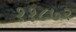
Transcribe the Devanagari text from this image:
११८७२